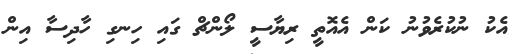
އެކު ނުކުރެވުނު ކަން އެއޮތީ ރިޔާސީ ލޯންޗް ގައި ހިނގި ހާދިސާ އިން